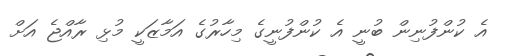
އެ ކުންފުނިން ބުނީ އެ ކުންފުނީގެ މިހާރުގެ އަމާޒަކީ މުޅި ރާއްޖެ އަށް